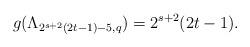
LaTeX: \begin{align*} g(\Lambda_{2^{s+2}(2t-1)-5,q})=2^{s+2}(2t-1).\end{align*}